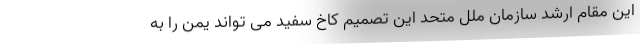
این مقام ارشد سازمان ملل متحد این تصمیم کاخ سفید می تواند یمن را به